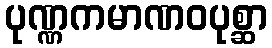
ပုဏ္ဏကမာဏဝပုစ္ဆာ